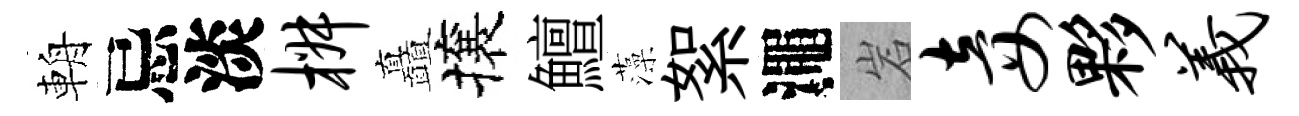
輈忌淡椒矗攘鱣藻絮澠岩妾夥义